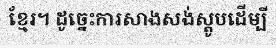
ខ្មែរ។ ដូច្នេះការសាងសង់ស្តូបដើម្បី